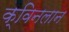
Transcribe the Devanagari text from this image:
क्विनलान